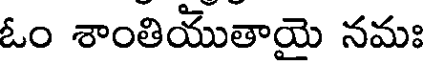
ఓం శాంతియుతాయై నమః